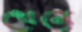
খেনে